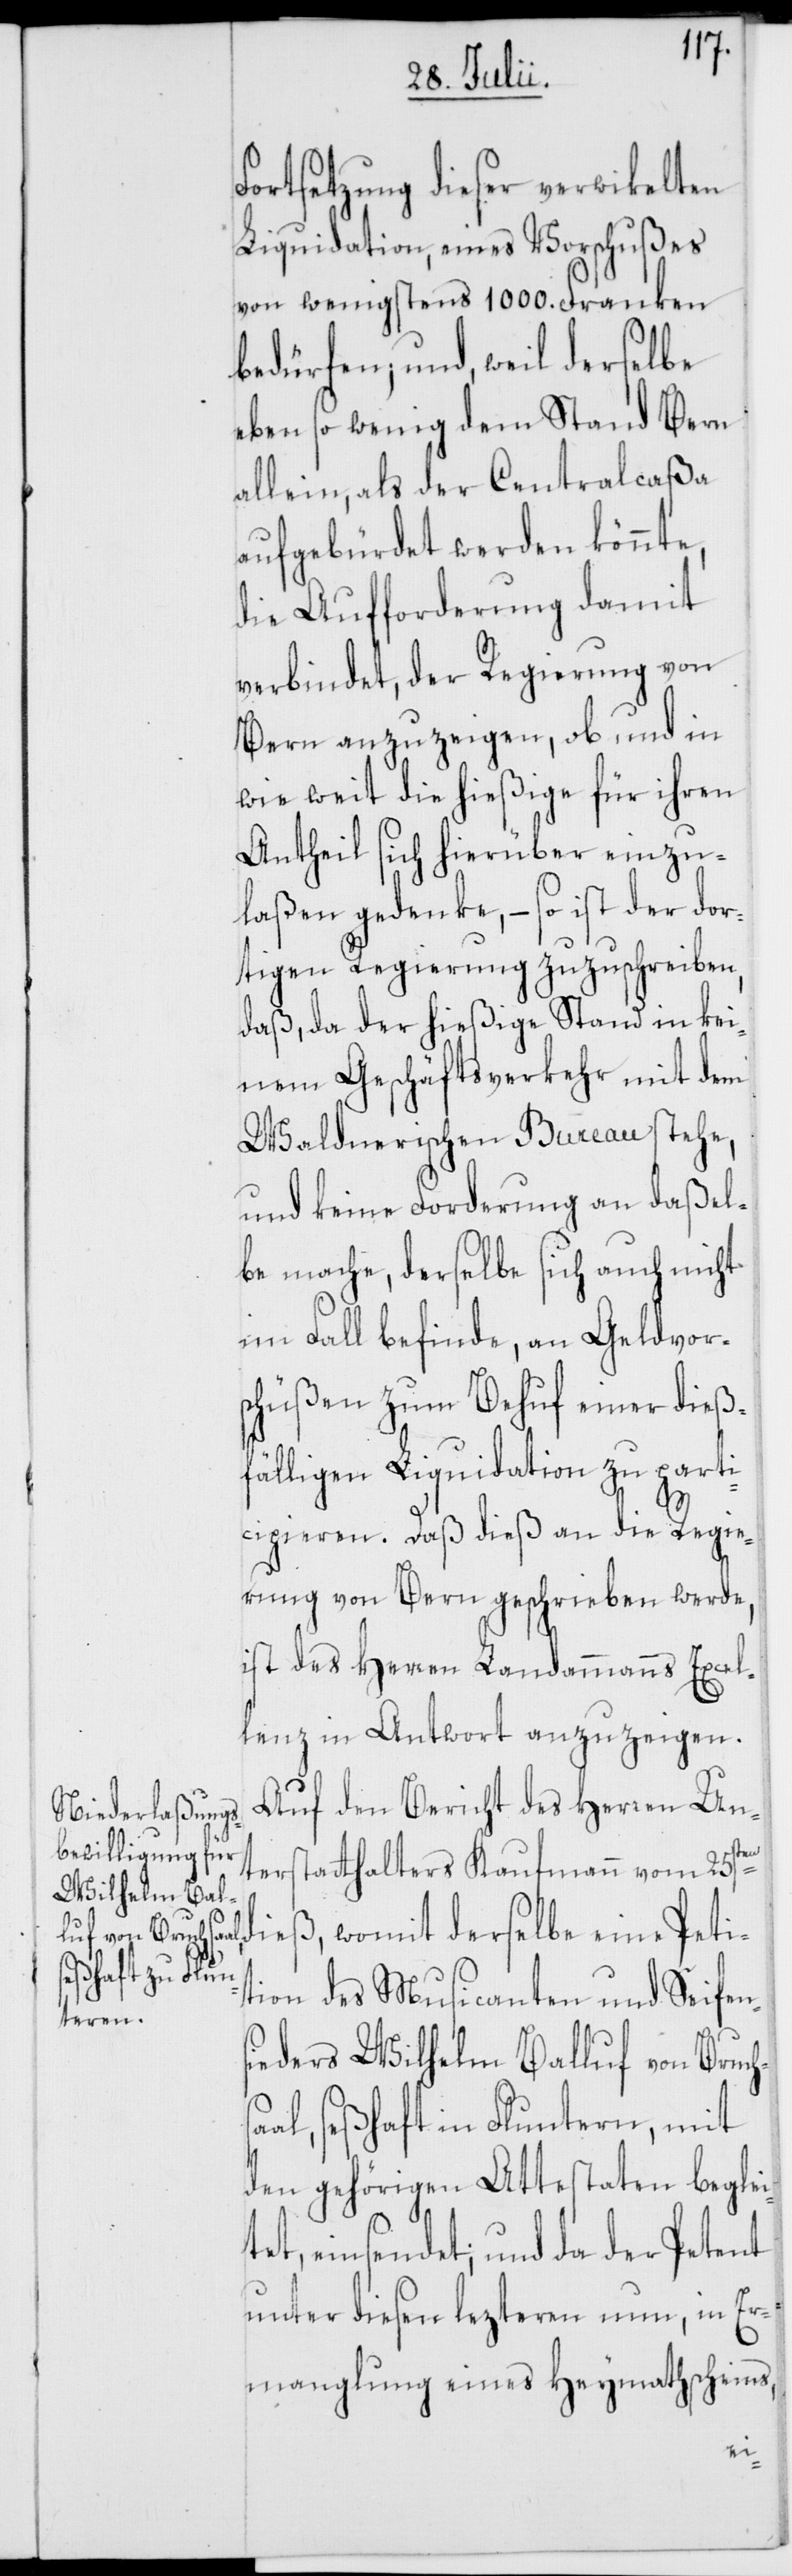
Fortsetzung dieser verwikelten
Liquidation, eines Vorschußes
von wenigstens 1000. Franken
bedürfen; und, weil derselbe
eben so wenig dem Stand Bern
allein, als der Centralcaßa
aufgebürdet werden könnte,
die Aufforderung damit
verbindet, der Regierung von
Bern anzuzeigen, ob und in
wie weit die hießige für ihren
Antheil sich hierüber einzu¬
laßen gedenke, – so ist der dor¬
tigen Regierung zuzuschreiben,
daß, da der hießige Stand in kei¬
nem Geschäftsverkehr mit dem
Waldnerischen Bureau stehe,
und keine Forderung an daßel¬
be mache, derselbe sich auch nicht
im Fall befinde, an Geldvor¬
schüßen zum Behuf einer dieß¬
fälligen Liquidation zu parti¬
cipieren. Daß dieß an die Regie¬
rung von Bern geschrieben werde,
ist des Herren Landammanns Excel¬
lenz in Antwort anzuzeigen.
Auf den Bericht des Herren Un¬
terstatthalters Kaufmann vom 25sten
dieß, womit derselbe eine Peti¬
tion des Musicanten und Seifen¬
sieders Wilhelm Balluf von Bruch¬
al, seßhaft in Fluntern, mit
den gehörigen Attestaten beglei¬
tet, einsendet; und da der Petent
unter diesen lezteren nun, in Er¬
manglung eines Heymathscheins,
sa¬